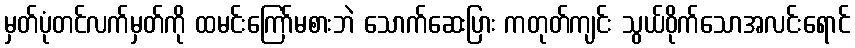
မှတ်ပုံတင်လက်မှတ်ကို ထမင်းကြော်မစားဘဲ သောက်ဆေးပြား ကတုတ်ကျင်း သွယ်ဝိုက်သောအလင်းရောင်